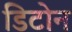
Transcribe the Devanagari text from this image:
डिटोन